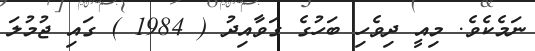
ނަމެކެވެ. މިއީ ދިވެހި ބަހުގެ ގަވާއިދު ( 1984 ) ގައި ޖުމުލަ